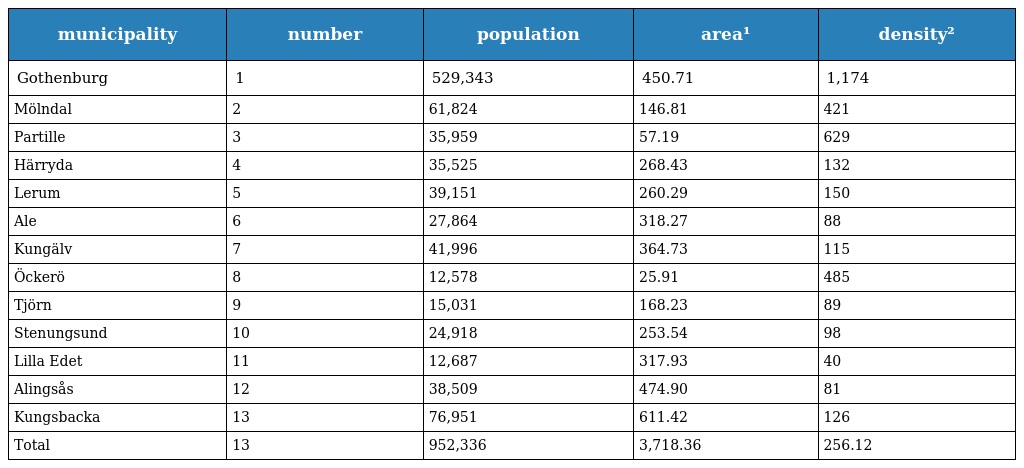
| municipality | number | population | area¹ | density² |
 | --- | --- | --- | --- | --- |
 | Gothenburg | 1 | 529,343 | 450.71 | 1,174 |
 | Mölndal | 2 | 61,824 | 146.81 | 421 |
 | Partille | 3 | 35,959 | 57.19 | 629 |
 | Härryda | 4 | 35,525 | 268.43 | 132 |
 | Lerum | 5 | 39,151 | 260.29 | 150 |
 | Ale | 6 | 27,864 | 318.27 | 88 |
 | Kungälv | 7 | 41,996 | 364.73 | 115 |
 | Öckerö | 8 | 12,578 | 25.91 | 485 |
 | Tjörn | 9 | 15,031 | 168.23 | 89 |
 | Stenungsund | 10 | 24,918 | 253.54 | 98 |
 | Lilla Edet | 11 | 12,687 | 317.93 | 40 |
 | Alingsås | 12 | 38,509 | 474.90 | 81 |
 | Kungsbacka | 13 | 76,951 | 611.42 | 126 |
 | Total | 13 | 952,336 | 3,718.36 | 256.12 |